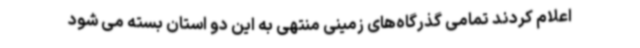
اعلام کردند تمامی گذرگاه‌های زمینی منتهی به این دو استان بسته می شود